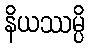
နိယဿမ္ပိ